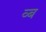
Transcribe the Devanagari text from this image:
व्ब